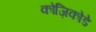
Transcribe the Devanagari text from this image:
कोज़िकोडे